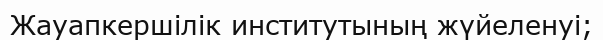
Жауапкершілік институтының жүйеленуі;